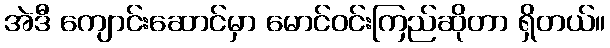
အဲဒီ ကျောင်းဆောင်မှာ မောင်ဝင်းကြည်ဆိုတာ ရှိတယ်။